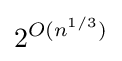
2^{O(n^{1/3})}